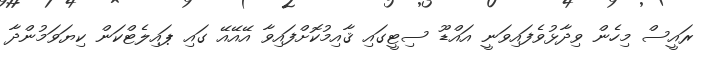
ރައީސް މިހެން ވިދާޅުވެފައިވަނީ އައްޑޫ ސިޓީގައި ޤާއިމުކޮށްފައިވާ އޭއޭއޭ ގައި ޕައިލެޓްކަން ކިޔަވަމުންދާ